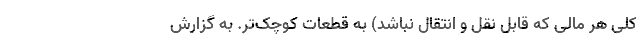
کلی هر مالی که قابل نقل و انتقال نباشد) به قطعات کوچک‌تر. به گزارش